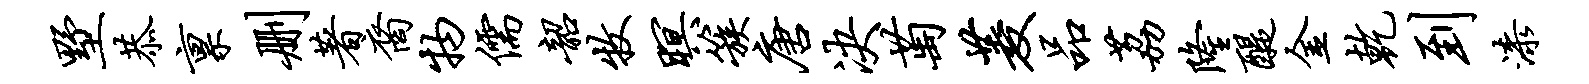
墅恭禀删著裔物儒韶牧暝簇唐决萄菱品荔隆醍金乾到漆